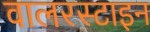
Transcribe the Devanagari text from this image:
वालरस्टाइन